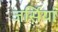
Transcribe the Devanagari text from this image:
जर्सियां